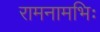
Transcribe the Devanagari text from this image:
रामनामभिः